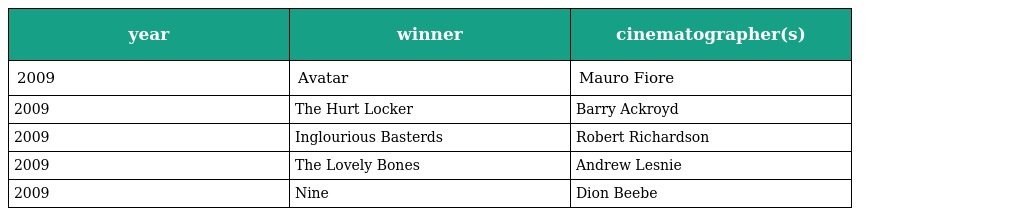
| year | winner | cinematographer(s) |
 | --- | --- | --- |
 | 2009 | Avatar | Mauro Fiore |
 | 2009 | The Hurt Locker | Barry Ackroyd |
 | 2009 | Inglourious Basterds | Robert Richardson |
 | 2009 | The Lovely Bones | Andrew Lesnie |
 | 2009 | Nine | Dion Beebe |